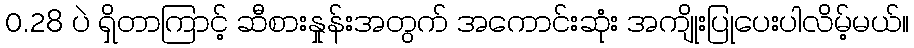
0.28 ပဲ ရှိတာကြာင့် ဆီစားနှုန်းအတွက် အကောင်းဆုံး အကျိုးပြုပေးပါလိမ့်မယ်။